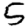
Digit: 5